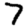
Digit: 7